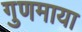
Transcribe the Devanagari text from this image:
गुणमाया